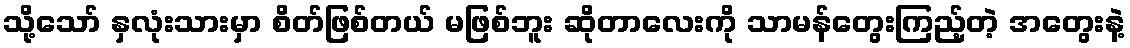
သို့သော် နှလုံးသားမှာ စိတ်ဖြစ်တယ် မဖြစ်ဘူး ဆိုတာလေးကို သာမန်တွေးကြည့်တဲ့ အတွေးနဲ့